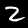
Digit: 2